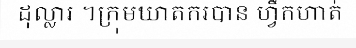
ដុល្លារ ។ក្រុមឃាតករបាន ហ្វឹកហាត់